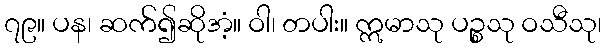
၇၉။ ပန၊ ဆက်၍ဆိုအံ့။ ဝါ၊ တပါး။ ဣမာသု ပဉ္စသု ဝသီသု၊